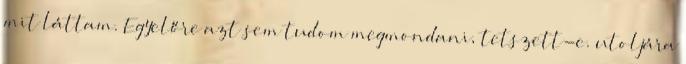
mit láttam. Egyelőre azt sem tudom megmondani, tetszett-e. utoljára